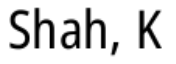
Shah, K